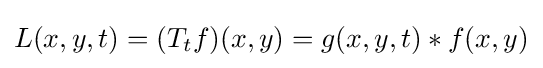
L(x,y,t)=(T_{t}f)(x,y)=g(x,y,t)*f(x,y)